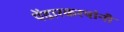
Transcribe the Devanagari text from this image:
पेंढारकरयांनी